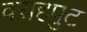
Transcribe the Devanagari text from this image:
वराहपुट